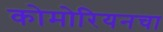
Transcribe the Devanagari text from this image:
कोमोरियनचा